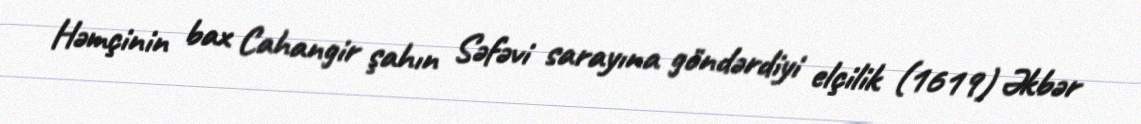
Həmçinin bax Cahangir şahın Səfəvi sarayına göndərdiyi elçilik (1619) Əkbər